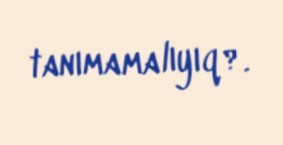
tanımamalıyıq?.